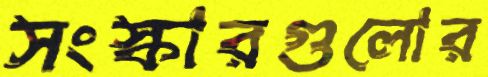
সংস্কারগুলোর